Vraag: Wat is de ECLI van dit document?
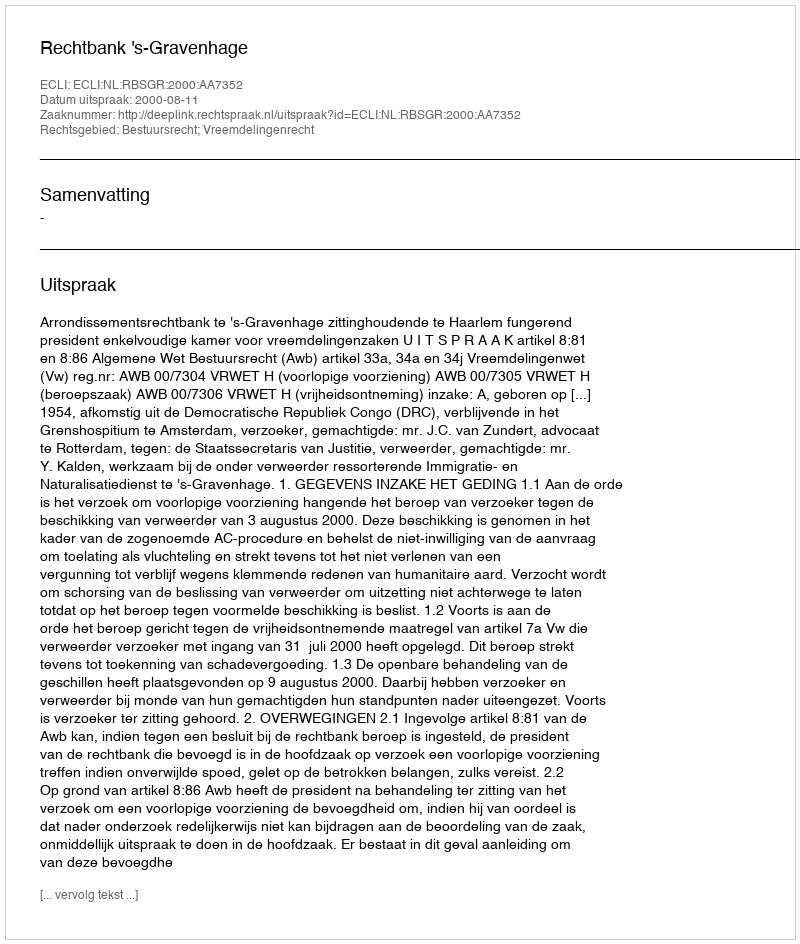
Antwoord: ECLI:NL:RBSGR:2000:AA7352